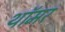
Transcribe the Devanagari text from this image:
थॉमर